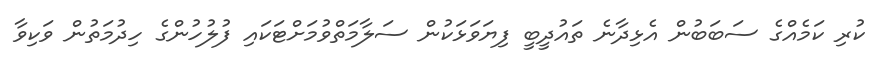
ކުރި ކަމެއްގެ ސަބަބުން އެޅިދާނެ ތައުދީބީ ފިޔަވަޅަކުން ސަލާމަތްވުމަށްޓަކައި ފުލުހުންގެ ހިދުމަތުން ވަކިވާ